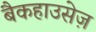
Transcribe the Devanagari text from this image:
बैकहाउसेज़